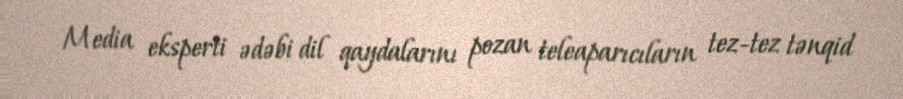
Media eksperti ədəbi dil qaydalarını pozan teleaparıcıların tez-tez tənqid